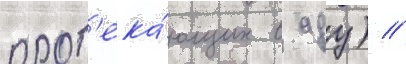
прот'ека́ющих в аду) //